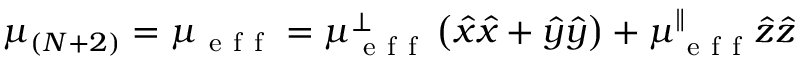
\mu _ { ( N + 2 ) } = \mu _ { \mathrm { ~ e ~ f ~ f ~ } } = \mu _ { \mathrm { ~ e ~ f ~ f ~ } } ^ { \perp } \left( \hat { x } \hat { x } + \hat { y } \hat { y } \right) + \mu _ { \mathrm { ~ e ~ f ~ f ~ } } ^ { \parallel } \hat { z } \hat { z }